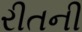
રીતની